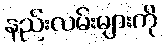
နည်းလမ်းများကို